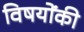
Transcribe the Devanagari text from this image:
विषयोंकी